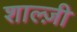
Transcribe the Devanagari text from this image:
शाल्ज़ी